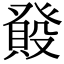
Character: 𤼺